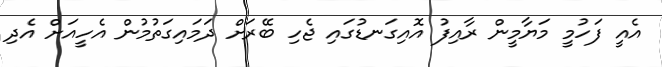
އެއީ ފަހުމީ މަޔާމީން ރާއިފު އޮއިގަނޑުގައި ޖެހި ބޭރަށް ދަމައިގަތުމުން އެހީއަށް އެދި